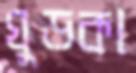
ঘুড়কা